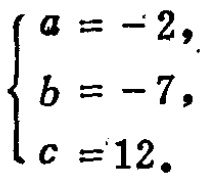
\[\begin{cases}
a = -2,\\
b = -7,\\
c = 12.
\end{cases}\]